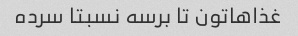
غذاهاتون تا برسه نسبتا سرده